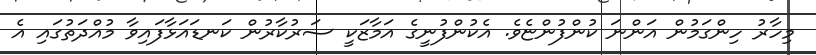
މިހާރު ހިންގަމުން އަންނަ ކުންފުންޏެވެ. އެކުންފުނީގެ އަމާޒަކީ ސަރުކާރުން ކަނޑައަޅާފައިވާ މުއްދަތުގައި އެ